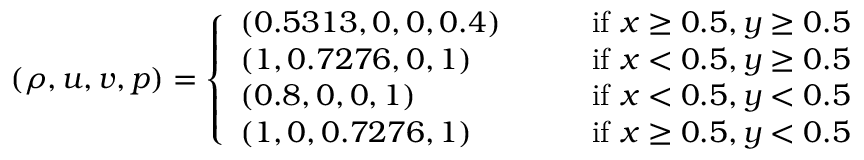
\begin{array} { r } { ( \rho , u , v , p ) = \left\{ \begin{array} { l l } { ( 0 . 5 3 1 3 , 0 , 0 , 0 . 4 ) \qquad } & { \mathrm { i f ~ } x \ge 0 . 5 , y \ge 0 . 5 } \\ { ( 1 , 0 . 7 2 7 6 , 0 , 1 ) } & { \mathrm { i f ~ } x < 0 . 5 , y \ge 0 . 5 } \\ { ( 0 . 8 , 0 , 0 , 1 ) } & { \mathrm { i f ~ } x < 0 . 5 , y < 0 . 5 } \\ { ( 1 , 0 , 0 . 7 2 7 6 , 1 ) } & { \mathrm { i f ~ } x \ge 0 . 5 , y < 0 . 5 } \end{array} \right. } \end{array}